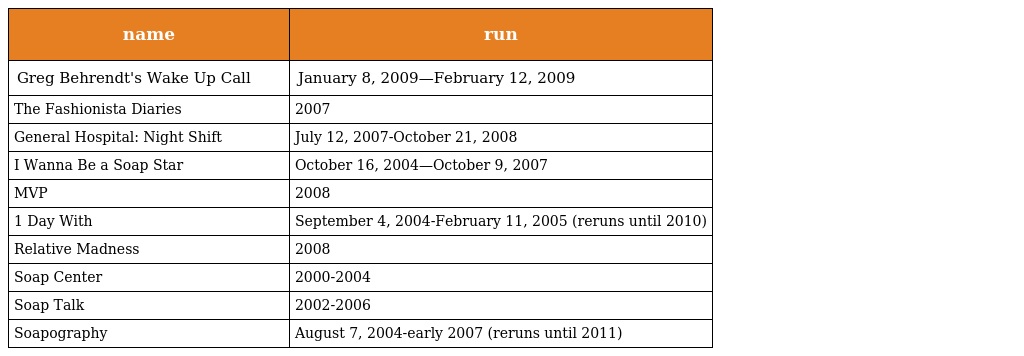
| name | run |
 | --- | --- |
 | Greg Behrendt's Wake Up Call | January 8, 2009—February 12, 2009 |
 | The Fashionista Diaries | 2007 |
 | General Hospital: Night Shift | July 12, 2007-October 21, 2008 |
 | I Wanna Be a Soap Star | October 16, 2004—October 9, 2007 |
 | MVP | 2008 |
 | 1 Day With | September 4, 2004-February 11, 2005 (reruns until 2010) |
 | Relative Madness | 2008 |
 | Soap Center | 2000-2004 |
 | Soap Talk | 2002-2006 |
 | Soapography | August 7, 2004-early 2007 (reruns until 2011) |